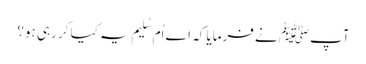
آپﷺ نے فرمایا کہ اے اُم سُلیم یہ کیا کر رہی ہو؟